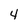
Character: 4